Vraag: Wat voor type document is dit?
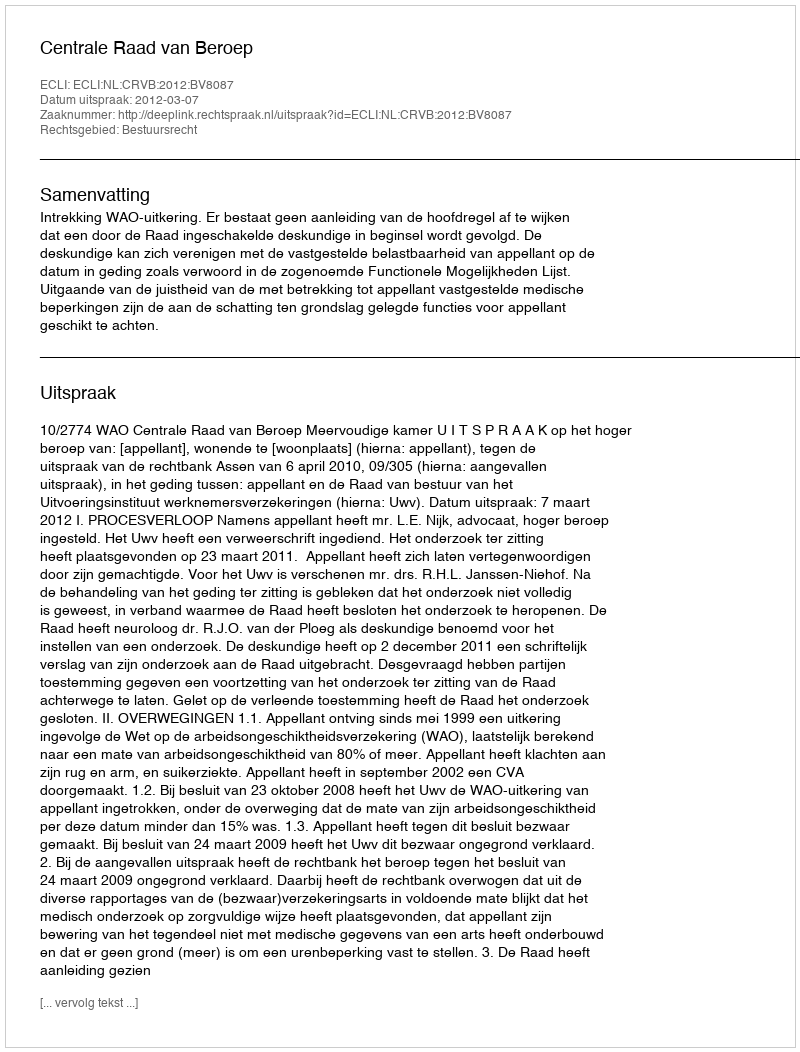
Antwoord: Uitspraak